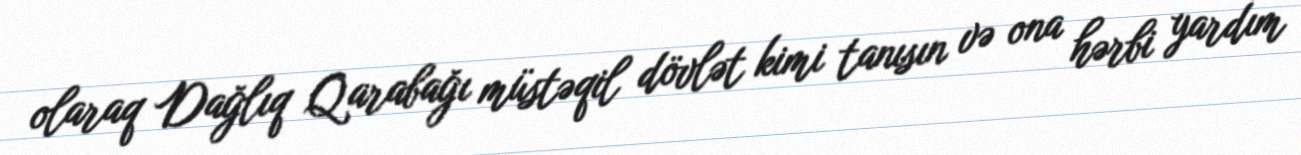
olaraq Dağlıq Qarabağı müstəqil dövlət kimi tanısın və ona hərbi yardım